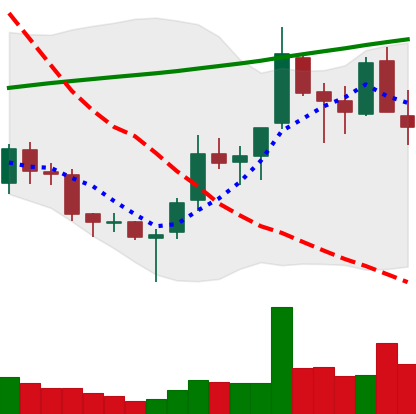
Ticker: TRX-USD
Chart end date: 2018-03-30
Forward return: -26.991%
Label: down_7plus